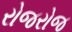
રોજરોજ